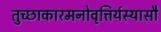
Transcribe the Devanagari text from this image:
तुच्छाकारमनोवृत्तिर्यस्यासौ